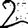
Digit: 2